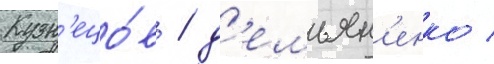
Кузн'ецо́в / д'емьян'енко /